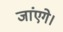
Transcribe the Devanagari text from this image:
जांएगे।